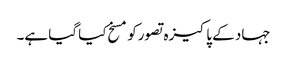
جہاد کے پاکیزہ تصورکومسخ کیا گیا ہے۔